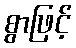
စွာဖြင့်